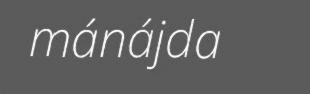
mánájda